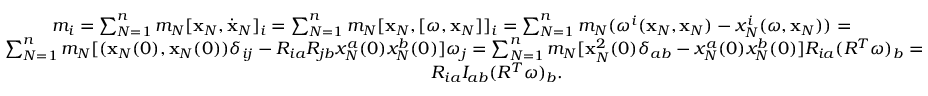
\begin{array} { r } { m _ { i } = \sum _ { N = 1 } ^ { n } m _ { N } [ { \bf x } _ { N } , \dot { \bf x } _ { N } ] _ { i } = \sum _ { N = 1 } ^ { n } m _ { N } [ { \bf x } _ { N } , [ { \boldsymbol \omega } , { \bf x } _ { N } ] ] _ { i } = \sum _ { N = 1 } ^ { n } m _ { N } ( \omega ^ { i } ( { \bf x } _ { N } , { \bf x } _ { N } ) - x _ { N } ^ { i } ( { \boldsymbol \omega } , { \bf x } _ { N } ) ) = \qquad \qquad } \\ { \sum _ { N = 1 } ^ { n } m _ { N } [ ( { \bf x } _ { N } ( 0 ) , { \bf x } _ { N } ( 0 ) ) \delta _ { i j } - R _ { i a } R _ { j b } x _ { N } ^ { a } ( 0 ) x _ { N } ^ { b } ( 0 ) ] \omega _ { j } = \sum _ { N = 1 } ^ { n } m _ { N } [ { \bf x } _ { N } ^ { 2 } ( 0 ) \delta _ { a b } - x _ { N } ^ { a } ( 0 ) x _ { N } ^ { b } ( 0 ) ] R _ { i a } ( R ^ { T } { \boldsymbol \omega } ) _ { b } = } \\ { R _ { i a } I _ { a b } ( R ^ { T } { \boldsymbol \omega } ) _ { b } . \qquad \qquad \qquad \qquad \qquad \qquad \qquad \qquad \qquad \qquad } \end{array}